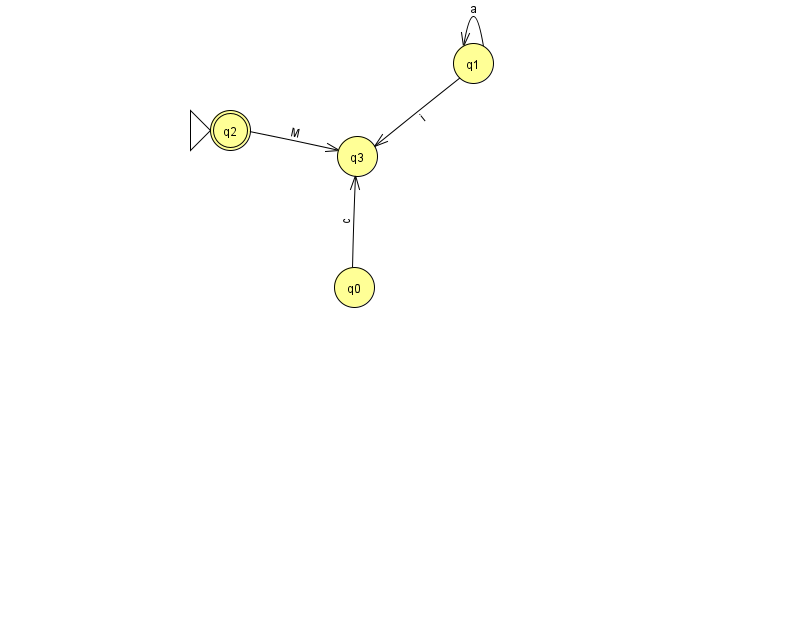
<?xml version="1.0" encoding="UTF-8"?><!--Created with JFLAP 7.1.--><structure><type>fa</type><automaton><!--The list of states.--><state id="0" name="q0"><x>354.0</x><y>274.0</y></state><state id="1" name="q1"><x>473.0</x><y>50.0</y></state><state id="2" name="q2"><x>230.0</x><y>117.0</y><initial/><final/></state><state id="3" name="q3"><x>357.0</x><y>143.0</y></state><!--The list of transitions.--><transition><from>2</from><to>3</to><read>M</read></transition><transition><from>1</from><to>1</to><read>a</read></transition><transition><from>0</from><to>3</to><read>c</read></transition><transition><from>1</from><to>3</to><read>i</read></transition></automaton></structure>